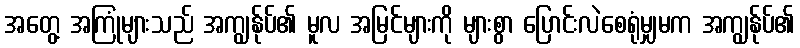
အတွေ့ အကြုံများသည် အကျွန်ုပ်၏ မူလ အမြင်များကို များစွာ ပြောင်းလဲစေရုံမျှမက အကျွန်ုပ်၏